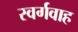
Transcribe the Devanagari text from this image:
स्वर्गवाह